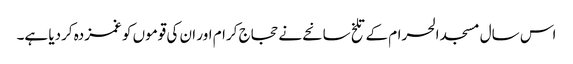
اس سال مسجد الحرام کے تلخ سانحے نے حجاج کرام اور ان کی قوموں کو غمزدہ کردیا ہے۔